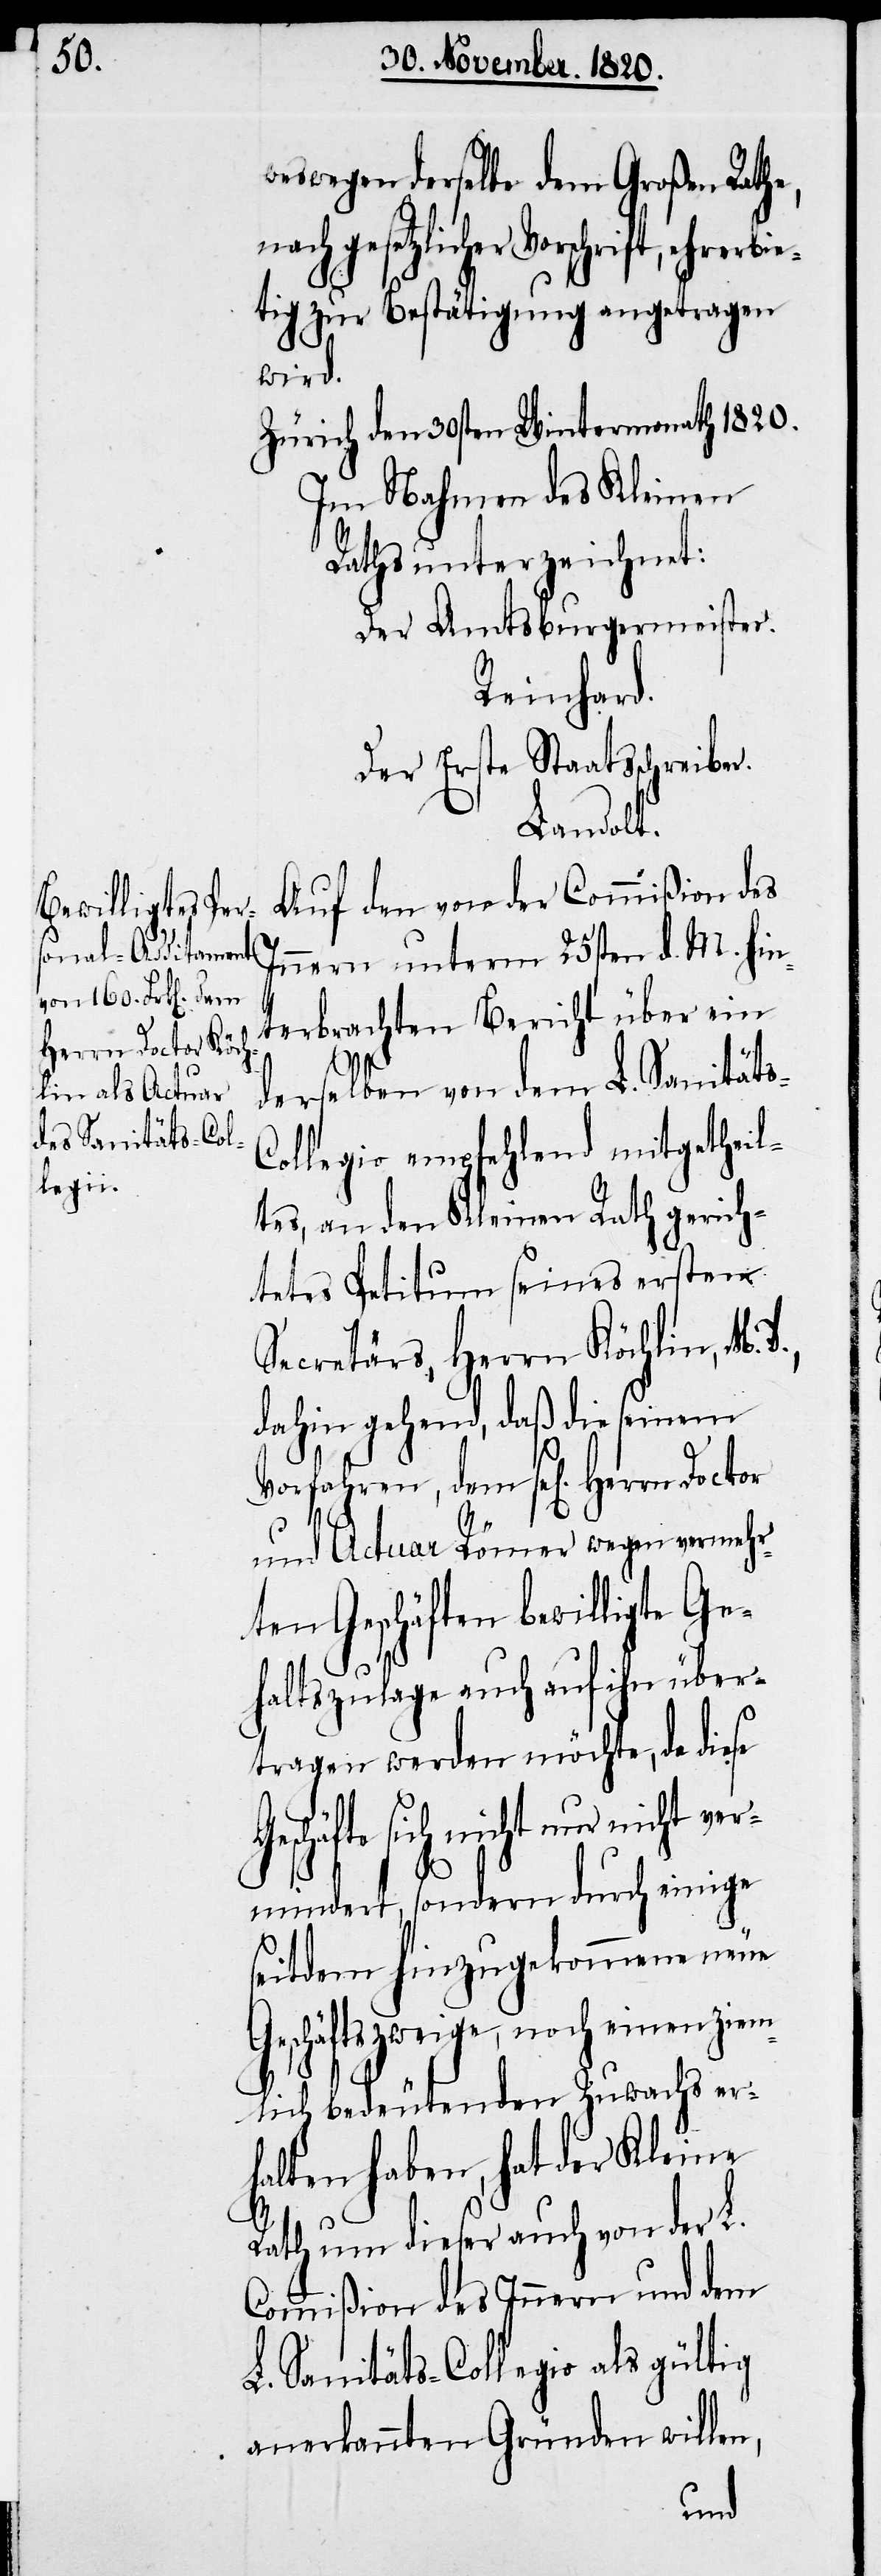
weswegen derselbe dem Großen Rathe,
Vorschrift, ehrerbie¬
tig zur Bestätigung angetragen
wird.
Zürich den 30ten Wintermonath 1820.
Im Nahmen des Kleinen
Raths unterzeichnet:
Der Amtsburgermeister.
Reinhard.
Der Erste Staatsschreiber.
Landolt.
Auf den von der Commißion des
Innern unterm 25sten d. M. hin¬
terbrachten Bericht über ein
derselben von dem L. Sanität¬
ollegio empfehlend mitgetheil¬
tes, an den Kleinen Rath gerich¬
tetes Petitum seines ersten
Secretärs, Herrn Köchlin, M.
dahin gehend, daß die seinem
Vorfahren, dem sel[igen] Herrn
und Actuar Römer wegen vermehr¬
ten Geschäften bewilligte Ge¬
haltszulage auch auf ihn über¬
tragen werden möchte, da diese
sich nicht nur nicht ve¬
rmindert, sondern durch einige
seitdem hinzugekommene neue
Geschäftszweige, noch einen ziem¬
lich bedeutenden Zuwachs er¬
halten haben, hat der Kleine
Rath um dieser auch von der L.
Commißion des Innern und dem
L. Sanitäts-Collegio als gültig
anerkannten Gründen willen,
s-C¬